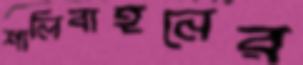
শালিবাহনের